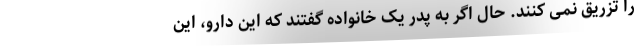
را تزریق نمی کنند. حال اگر به پدر یک خانواده گفتند که این دارو، این